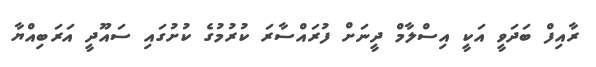
ރާއިފް ބަދަވީ އަކީ އިސްލާމް ދީނަށް ފުރައްސާރަ ކުރުމުގެ ކުށުގައި ސައޫދީ އަރަބިއްޔާ